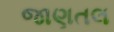
જાણતલ